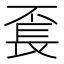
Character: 𨱥